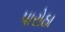
પારોઠા